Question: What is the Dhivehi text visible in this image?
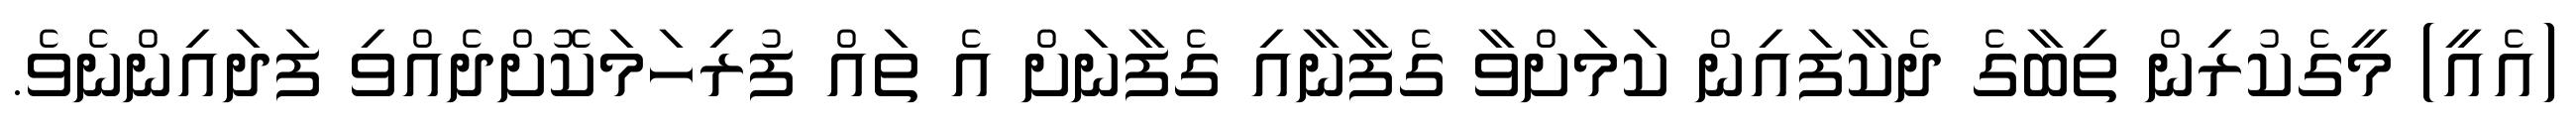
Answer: (އެއީ) މީގެކުރިން ތިބާގެ ދެކާފައިން ކަމަށްވާ ގެފާނާއި ގެފާނަށް އެ ތައް ފުރިހަމަކޮށްދެއްވި ފަދައިންނެވެ.